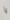
يا